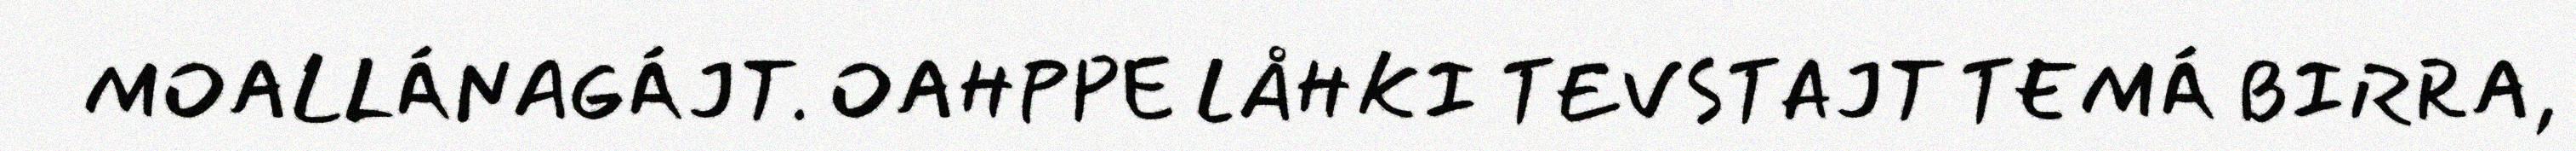
MOALLÁNAGÁJT. OAHPPE LÅHKI TEVSTAJT TEMÁ BIRRA,